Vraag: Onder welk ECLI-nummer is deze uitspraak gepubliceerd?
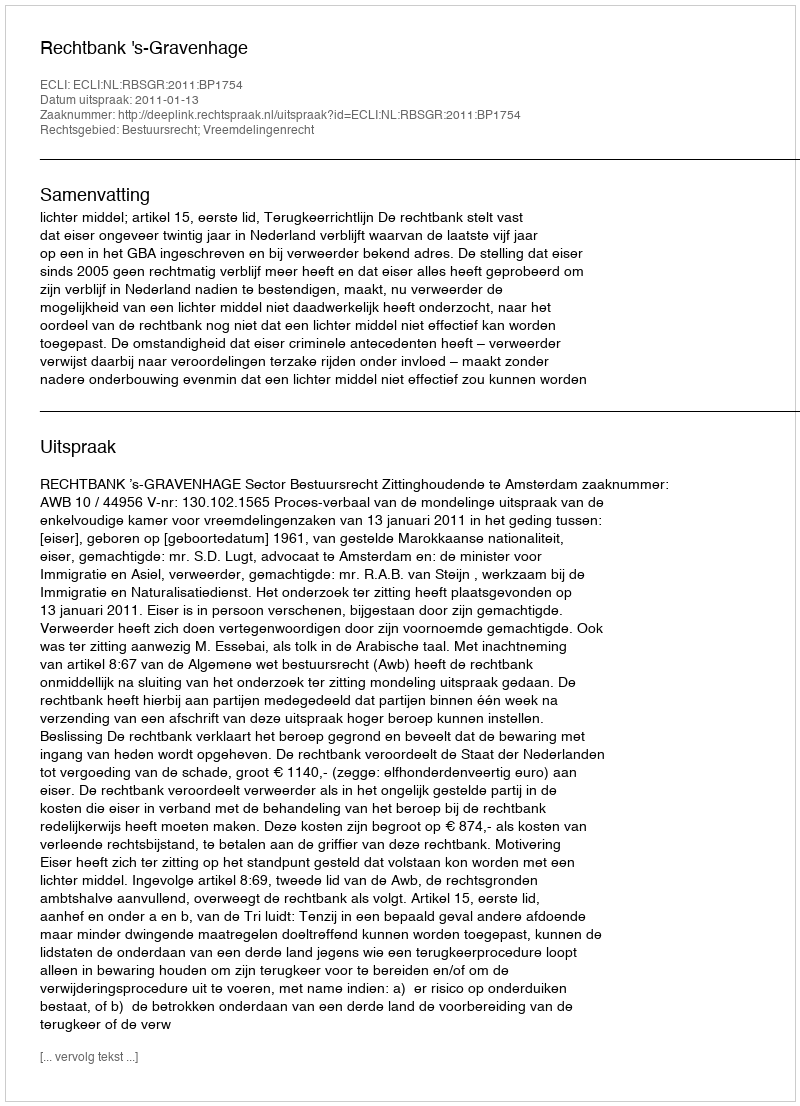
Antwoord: ECLI:NL:RBSGR:2011:BP1754